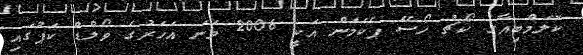
ކޮލަމްބިއާގެ ކޯޗު ހޯސޭ ޕެކަމަން އަކީ 2006 ވަނަ އަހަރުގެ ވޯލްޑް ކަޕުގައި